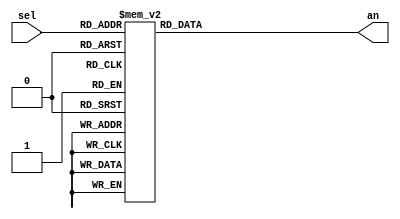
`timescale 1ns/1ps

module dec3_8(
    input [2:0] sel,
    output reg [7:0] an
);

    always @(sel) begin
        case (sel)
            3'h0: an = 8'b1111_1110;
            3'h1: an = 8'b1111_1101;
            3'h2: an = 8'b1111_1011;
            3'h3: an = 8'b1111_0111;
            3'h4: an = 8'b1110_1111;
            3'h5: an = 8'b1101_1111;
            3'h6: an = 8'b1011_1111;
            3'h7: an = 8'b0111_1111;
            default: an = 8'b1111_1111;
        endcase
    end

endmodule